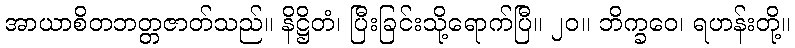
အာယာစိတဘတ္တဇာတ်သည်။ နိဋ္ဌိတံ၊ ပြီးခြင်းသို့ရောက်ပြီ။ ၂၀။ ဘိက္ခဝေ၊ ရဟန်းတို့။